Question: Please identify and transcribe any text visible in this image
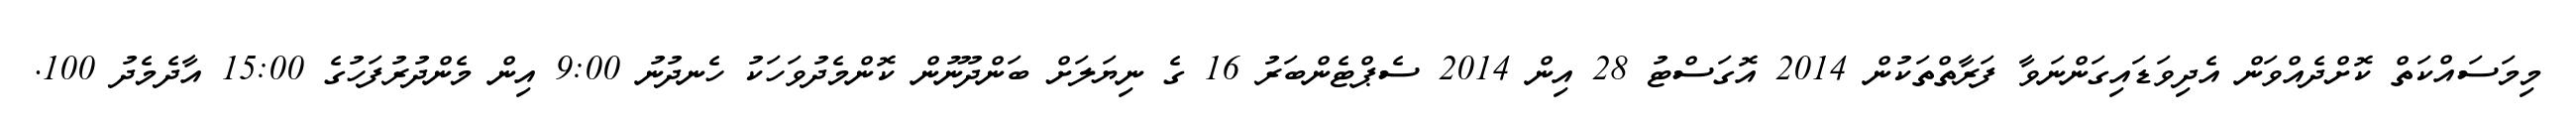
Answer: މިމަސައްކަތް ކޮށްދެއްވަން އެދިވަޑައިގަންނަވާ ފަރާތްތަކުން 2014 އޮގަސްޓު 28 އިން 2014 ސެޕްޓެންބަރު 16 ގެ ނިޔަލަށް ބަންދުނޫން ކޮންމެދުވަހަކު ހެނދުނު 9:00 އިން މެންދުރުފަހުގެ 15:00 އާދެމެދު 100.